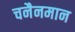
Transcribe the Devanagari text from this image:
चनैनमान